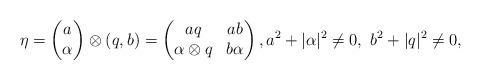
LaTeX: \begin{align*}\eta =\begin{pmatrix}a\\\alpha\end{pmatrix}\otimes (q,b)=\begin{pmatrix}aq & ab\\\alpha\otimes q & b\alpha\end{pmatrix}, a^2+|\alpha|^2\ne 0,\,\, b^2+|q|^2\ne 0,\end{align*}